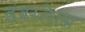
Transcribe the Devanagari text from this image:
डंबरलेला